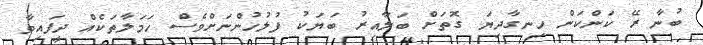
ބުނާ ރޭ ކަންކަން ހިނގާދިޔަ ގޮތަށް ބަލާއިރު ބަޔަކު ފުލުހުންނަށްވެސް ހަމަލާތަކެއް ދީފައިވާ